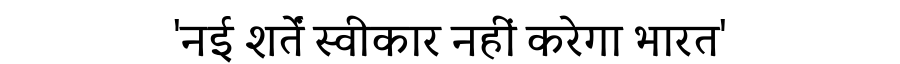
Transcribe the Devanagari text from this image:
'नई शर्तें स्वीकार नहीं करेगा भारत'